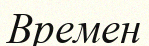
Времен